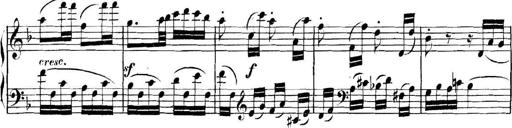
Title: Collected Piano Sonatas
Composer: Muzio Clementi